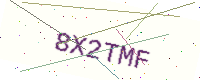
Text: 8X2TMF